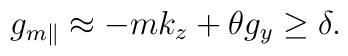
g_{m\parallel }\approx-mk_{z}+\theta g_{y}\geq \delta .